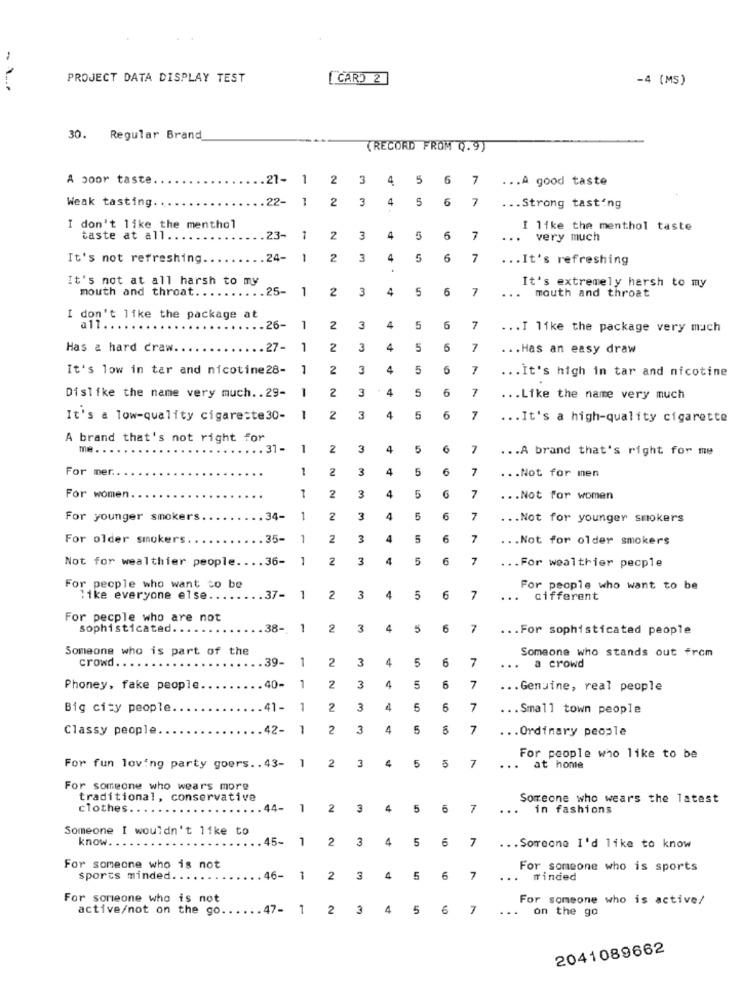
PROJECT DATA DISPLAY TEST
[CARD 2]
-4 (MS)
30. Regular Brand
(RECORD FROM Q.9)
A poor taste
.21- 1
2
3 4 5 6 7
... A good taste
Weak tasting
.22-
1
2
7
3 4 5 6
... Strong tasting
I don't like the menthol
I like the menthol taste
taste at all ..
23-
1
2
3
4
5
6
7
. very much
It's not refreshing.
.24-
1
2
3
4
5
6
7
... It's refreshing
It's not at all harsh to my
It's extremely harsh to my
mouth and throat.
.25-
1
2
3
5
6
7
mouth and throat
...
I don't like the package at
a11.
3
.26-
1
2
4
5
6
7
... I like the package very much
Has & hard craw ..
.27-
1
2
3
4
5
5
7
... Has an easy draw
It's low in tar and nicotine28-
1
2
3
4
5
6
7
... It's high in tar and nicotine
2
3
1
5
7
Dislike the name very much .. 29-
... Like the name very much
It's a low-quality cigarette30-
1
2
3
4
5
6
7
... It's a high-quality cigarette
A brand that's not right for
. 31 -
1
2
3
4
5
7
... A brand that's right for me
For mer ..
1
2
3
4
5
6
7
... Not for men
4
For women
2
3
5
7
... Not for women
For younger smokers
34-
1
2
3
5
6
7
... Not for younger smokers
For older smokers.
35-
1
2
3
5
6
7
... Not for older smokers
Not for wealthier people .... 36-
1
2
3
4
5
6
7
... For wealthier pecple
For people who want to be
For people who want to be
like everyone else ..
.37-
1
2
3
4
5
6
7
...
cifferent
For pecple who are not
sophisticated.
38-
1
2
3
4
6
7
... For sophisticated people
Someone who is part of the
Someone who stands out from
crowd.
39-
1
2
3
4
5
6
7
a crowd
Phoney, fake people.
.40-
1
2
3
4
5
6
7
... Genuine, real people
Big city people
.41- 1
2
3
4
5
6
7
... Small town people
Classy people
42-
2
3
4
5
7
... Ordinary people
2
3
4
5
5
7
For people who like to be
For fun loving party goers .. 43-
...
at home
For someone who wears more
traditional, conservative
Someone who wears the latest
clothes.
44-
1
2
3
4
5
7
in fashions
Someone I wouldn't like to
know.
15-
1
2
3
4
5
6
7
... Someone I'd like to know
For someone who is not
For someone who is sports
sports minded. .
46-
1
2
3
4
5
6
7
...
finded
For someone who is not
For someone who is active/
active/not on the go ..
47-
1
2
3
4
5
6
7
... on the go
2041089662